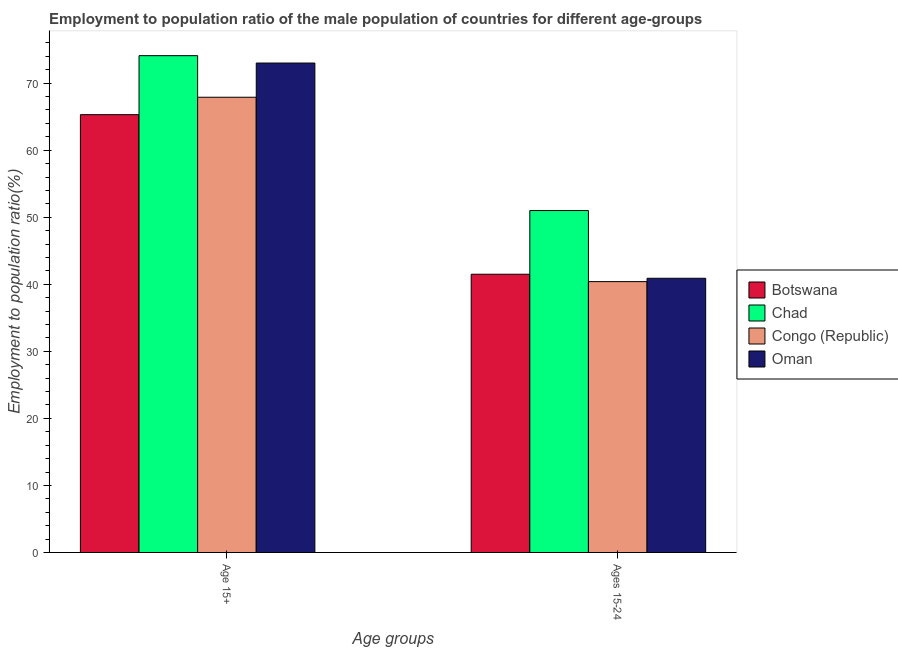
| Age groups | Botswana | Chad | Congo (Republic) | Oman |
 | --- | --- | --- | --- | --- |
 | Age 15+ | 65.3 | 74.1 | 67.9 | 73 |
 | Ages 15-24 | 41.5 | 51 | 40.4 | 40.9 |